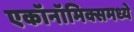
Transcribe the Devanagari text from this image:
एकॉनॉमिक्समध्ये